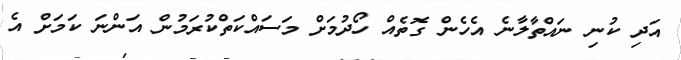
އަދި ކުނި ނައްތާލާނެ އެހެން ގޮތެއް ހޯދުމަށް މަސައްކަތްކުރަމުން އަންނަ ކަމަށް އެ